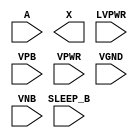
module sky130_fd_sc_hvl__lsbuflv2hv_isosrchvaon (
    //# {{data|Data Signals}}
    input  A      ,
    output X      ,

    //# {{power|Power}}
    input  SLEEP_B,
    input  LVPWR  ,
    input  VPB    ,
    input  VPWR   ,
    input  VGND   ,
    input  VNB
);
endmodule